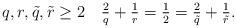
LaTeX: \begin{align*}q,r, \tilde q, \tilde r\geq2 \quad \tfrac{2}{q}+\tfrac{1}{r}=\tfrac{1}{2}=\tfrac{2}{\tilde q}+\tfrac{1}{\tilde r}.\end{align*}